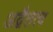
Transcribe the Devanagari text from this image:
अद्वैतत्व